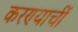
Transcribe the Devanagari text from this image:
करण्याचीं